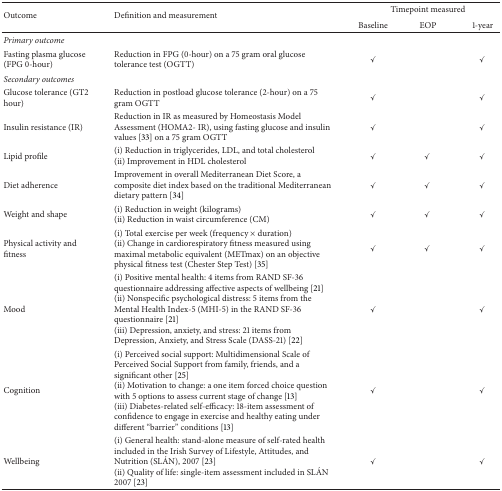
| <ROWSPAN=2> Outcome | <ROWSPAN=2> Definition and measurement | <COLSPAN=3> Timepoint measured |
 | Baseline | EOP | 1-year |
 | --- | --- | --- | --- | --- |
 | Primary outcome |  |  |  |  |
 | Fasting plasma glucose (FPG 0-hour) | Reduction in FPG (0-hour) on a 75 gram oral glucose tolerance test (OGTT) | ✓ |  | ✓ |
 | Secondary outcomes |  |  |  |  |
 | Glucose tolerance (GT2 hour) | Reduction in postload glucose tolerance (2-hour) on a 75 gram OGTT | ✓ |  | ✓ |
 | Insulin resistance (IR) | Reduction in IR as measured by Homeostasis Model Assessment (HOMA2- IR), using fasting glucose and insulin values [33] on a 75 gram OGTT | ✓ |  | ✓ |
 | Lipid profile | (i) Reduction in triglycerides, LDL, and total cholesterol(ii) Improvement in HDL cholesterol | ✓ | ✓ | ✓ |
 | Diet adherence | Improvement in overall Mediterranean Diet Score, a composite diet index based on the traditional Mediterranean dietary pattern [34] | ✓ | ✓ | ✓ |
 | Weight and shape | (i) Reduction in weight (kilograms) (ii) Reduction in waist circumference (CM) | ✓ | ✓ | ✓ |
 | Physical activity and fitness | (i) Total exercise per week (frequency × duration)(ii) Change in cardiorespiratory fitness measured using maximal metabolic equivalent (METmax) on an objective physical fitness test (Chester Step Test) [35] | ✓ | ✓ | ✓ |
 | Mood | (i) Positive mental health: 4 items from RAND SF-36 questionnaire addressing affective aspects of wellbeing [21](ii) Nonspecific psychological distress: 5 items from the Mental Health Index-5 (MHI-5) in the RAND SF-36 questionnaire [21](iii) Depression, anxiety, and stress: 21 items from Depression, Anxiety, and Stress Scale (DASS-21) [22] | ✓ |  | ✓ |
 | Cognition | (i) Perceived social support: Multidimensional Scale of Perceived Social Support from family, friends, and a significant other [25](ii) Motivation to change: a one item forced choice question with 5 options to assess current stage of change [13] (iii) Diabetes-related self-efficacy: 18-item assessment of confidence to engage in exercise and healthy eating under different “barrier” conditions [13] | ✓ |  | ✓ |
 | Wellbeing | (i) General health: stand-alone measure of self-rated health included in the Irish Survey of Lifestyle, Attitudes, and Nutrition (SLÁN), 2007 [23](ii) Quality of life: single-item assessment included in SLÁN 2007 [23] | ✓ |  | ✓ |